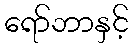
ရော်ဘာနှင့်